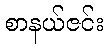
စာနယ်ဇင်း